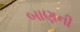
બાણની